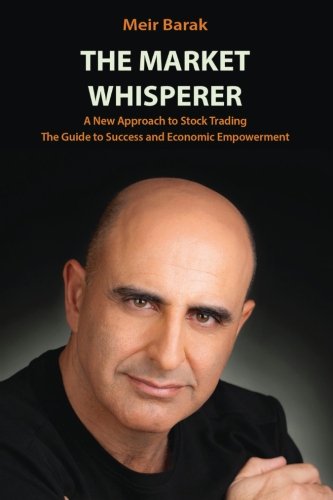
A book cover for The Market Whisperer: A New Approach to Stock Trading; Mr. Meir Barak; Business & Money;